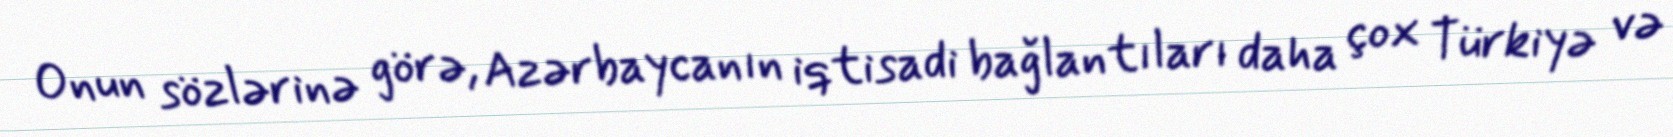
Onun sözlərinə görə, Azərbaycanın iqtisadi bağlantıları daha çox Türkiyə və